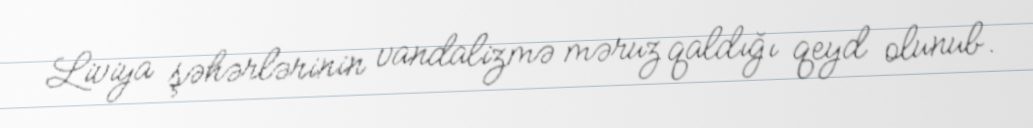
Liviya şəhərlərinin vandalizmə məruz qaldığı qeyd olunub.